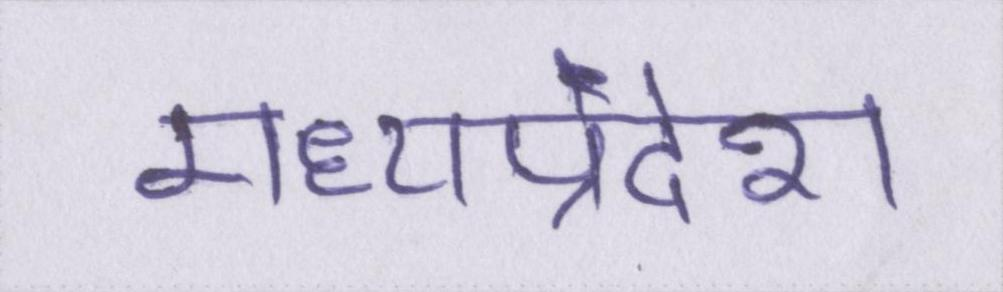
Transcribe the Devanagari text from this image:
मध्यप्रदेश